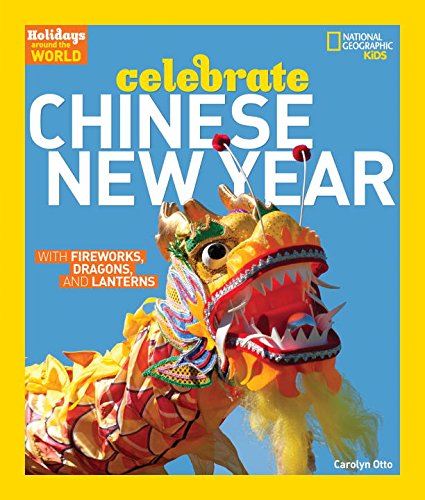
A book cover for Holidays Around the World: Celebrate Chinese New Year: With Fireworks, Dragons, and Lanterns; Carolyn Otto; Politics & Social Sciences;